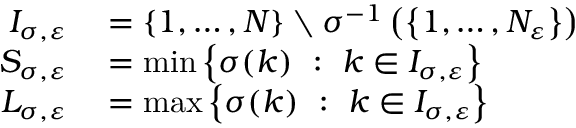
\begin{array} { r l } { I _ { \sigma , \varepsilon } } & { { } = \left\{ 1 , \ldots , N \right\} \setminus \sigma ^ { - 1 } \left( \left\{ 1 , \dots , N _ { \varepsilon } \right\} \right) } \\ { S _ { \sigma , \varepsilon } } & { { } = \operatorname* { m i n } \left\{ \sigma ( k ) \ : \ k \in I _ { \sigma , \varepsilon } \right\} } \\ { L _ { \sigma , \varepsilon } } & { { } = \operatorname* { m a x } \left\{ \sigma ( k ) \ : \ k \in I _ { \sigma , \varepsilon } \right\} } \end{array}